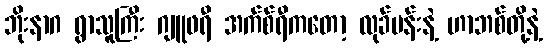
ဘိုးနာဂ ရွာသူကြီး ဂျူဖရီ အက်စ်ရီကတော့ လုခ်မန်းနဲ့ ဟာဘစ်တို့နဲ့